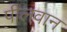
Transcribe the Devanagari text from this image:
पीलवान